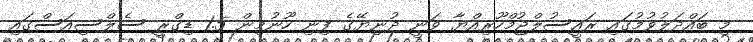
މި ބައްދަލުވުމުގައި ރައީސުލްޖުމްހޫރިއްޔާ ވަނީ ދުނިޔޭގެ ފިނި ހޫނުމިން 1.5 ޑިގްރީ ސެލްސިއަސްގައި